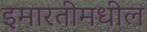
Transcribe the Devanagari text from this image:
इमारतीमधील